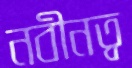
নবীনত্ব